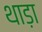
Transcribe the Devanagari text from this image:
थाड़ा